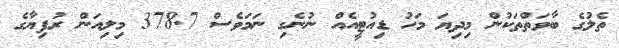
ތެލުގެ ބާވަތްތަކުން މިދިޔަ މަހު ޑިއުޓީއެއް ނުނެގި ނަމަވެސް 378.7 މިލިއަން ރުފިޔާގެ